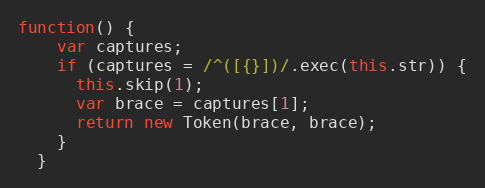
Language: JavaScript
function() {
    var captures;
    if (captures = /^([{}])/.exec(this.str)) {
      this.skip(1);
      var brace = captures[1];
      return new Token(brace, brace);
    }
  }